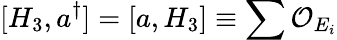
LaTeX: [H_{3},a^{\dagger}]=[a,H_{3}]\equiv\sum{\cal O}_{E_{i}}